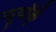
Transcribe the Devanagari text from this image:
न्यूयॉर्क्